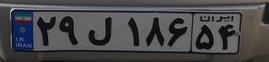
۲۹ل۱۸۶۵۴